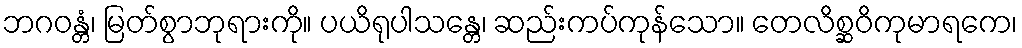
ဘဂဝန္တံ၊ မြတ်စွာဘုရားကို။ ပယိရုပါသန္တေ၊ ဆည်းကပ်ကုန်သော။ တေလိစ္ဆဝိကုမာရကေ၊